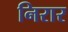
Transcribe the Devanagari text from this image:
निरार